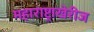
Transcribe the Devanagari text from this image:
महाराष्ट्राखेरीज